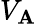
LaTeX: V_{\mathbf{A}}